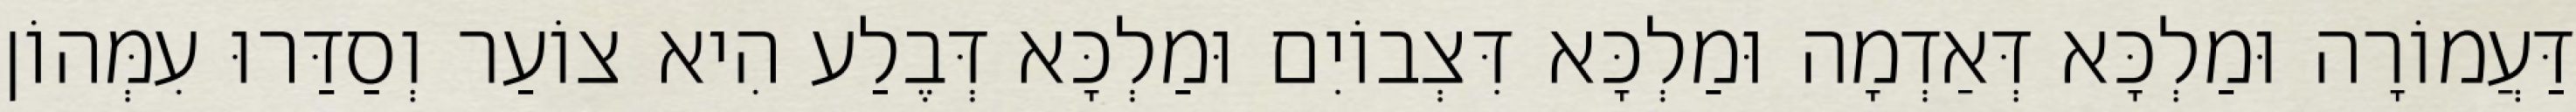
דַּעֲמוֹרָה וּמַלְכָּא דְּאַדְמָה וּמַלְכָּא דִּצְבוֹיִם וּמַלְכָּא דְּבֶלַע הִיא צוֹעַר וְסַדַּרוּ עִמְּהוֹן